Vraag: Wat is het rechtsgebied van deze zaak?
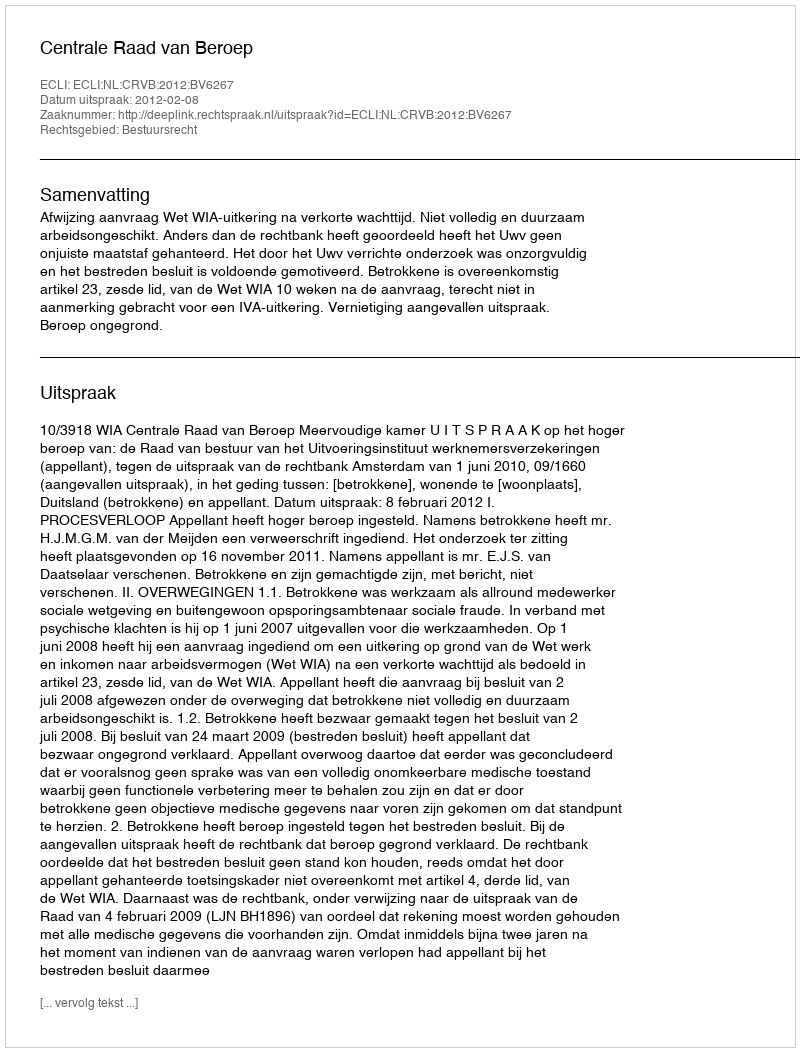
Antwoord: Bestuursrecht